Riigikohus_(kohtuotsuste_protokollid), lk 16
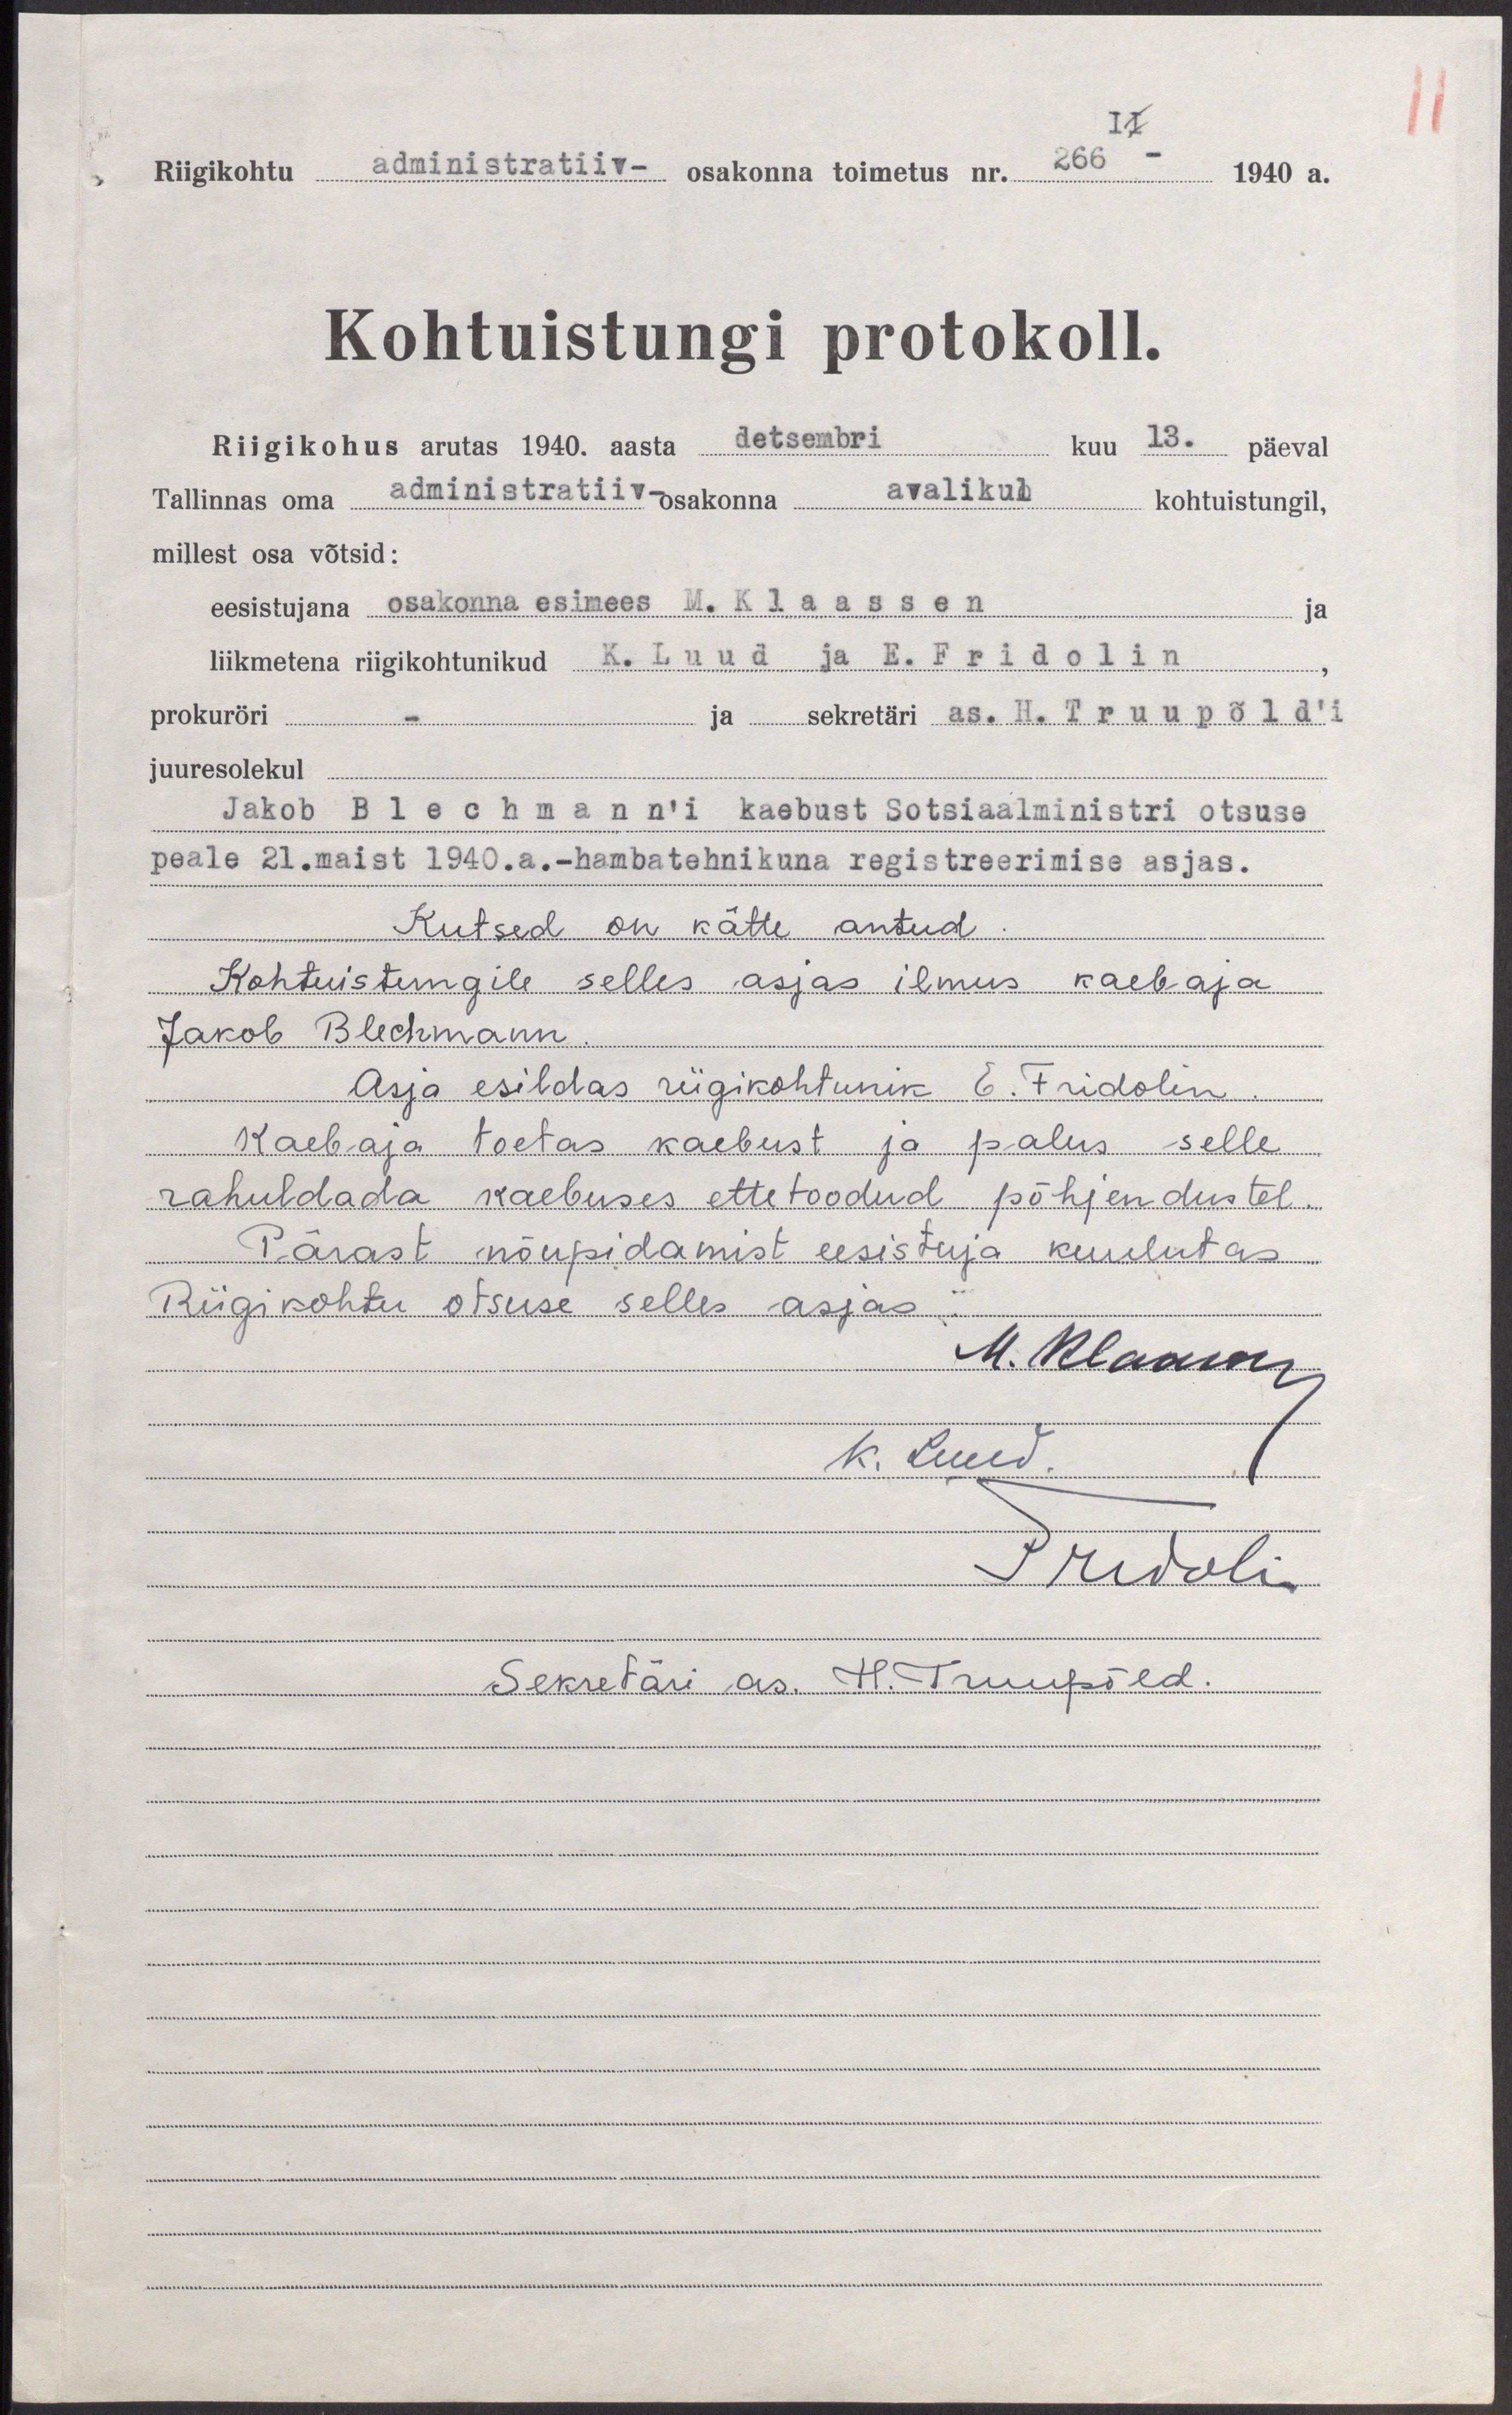
Riigikohtu administratiiv- osakonna toimetus nr. 266 - 1940 a.
Kohtuistungi protokoll.
Riigikohus arutas 1940. aasta detsembri kuu 13. päeval
Tallinnas oma administratii-osakonna avalikul kohtuistungil,
millest osa võtsid:
eesistujana osakonna esimees M.Klaassen
ja
liikmetena riigikohtunikud K. Luud ja E. Fridolin
prokuröri
ja sekretäri as. H. Truupõld'i
juuresolekul.
Jakob Blechmann'i kaebust Sotsiaalministri otsuse
peale 21. maist 1940.a.-hambatehnikuna registreerimise asjas.
Kutsed on kätte antud.
Kohtuistungile selles asjas ilmus kaebaja
Jakob Blechmann
Asja esildas riigikohtunik E. Fridolin.
Kaebaja toetas kaebust ja palus selle
rahuldada kaebuses ettetoodud põhjendustel.
Pärast nõupidamist eesistuja kuulutas
Riigikohtu otsuse selles asjas.
Sekretäri as. H. Truupõld.